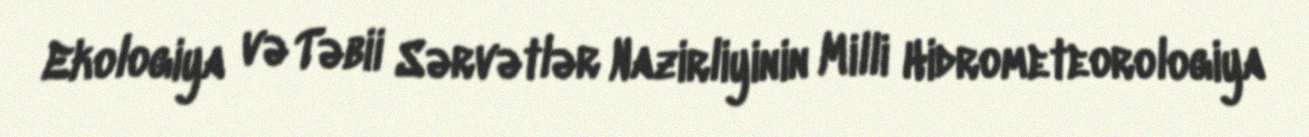
Ekologiya və Təbii Sərvətlər Nazirliyinin Milli Hidrometeorologiya